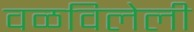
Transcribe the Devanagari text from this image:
वळविलेली